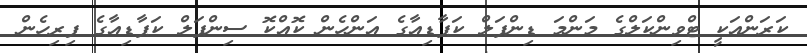
ކަރަންއަކީ ޓްވިންކަލްގެ މަންމަ ޑިންޕަލް ކަޕާޑިއާގެ އަންހެން ކޮއްކޮ ސިންޕަލް ކަޕާޑިއާގެ ފިރިހެން